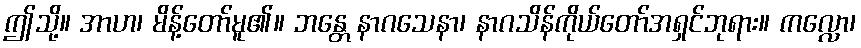
ဤသို့။ အာဟ၊ မိန့်တော်မူ၏။ ဘန္တေ နာဂသေနာ၊ နာဂသိန်ကိုယ်တော်အရှင်ဘုရား။ ကလ္လော၊